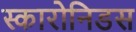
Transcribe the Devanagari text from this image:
स्कारोनिडस